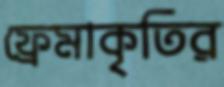
ফ্রেমাকৃতির